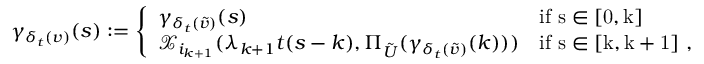
\gamma _ { \delta _ { t } ( v ) } ( s ) : = \left\{ \begin{array} { l l } { \gamma _ { \delta _ { t } ( \tilde { v } ) } ( s ) } & { \mathrm { i f ~ s \in [ 0 , k ] ~ } } \\ { \mathcal { X } _ { i _ { k + 1 } } ( \lambda _ { k + 1 } t ( s - k ) , \Pi _ { { \tilde { U } } } ( \gamma _ { \delta _ { t } ( \tilde { v } ) } ( k ) ) ) } & { \mathrm { i f ~ s \in [ k , k + 1 ] ~ , } } \end{array} \right.